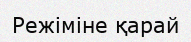
Режіміне қарай